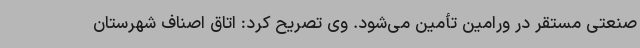
صنعتی مستقر در ورامین تأمین می‌شود. وی تصریح کرد: اتاق اصناف شهرستان